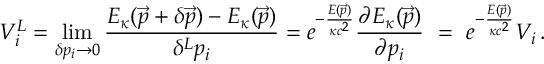
V _ { i } ^ { L } = \operatorname * { l i m } _ { \delta p _ { i } \to 0 } \frac { E _ { \kappa } ( \vec { p } + \delta \vec { p } ) - E _ { \kappa } ( \vec { p } ) } { \delta ^ { L } p _ { i } } = e ^ { - \frac { E ( \vec { p } ) } { \kappa c ^ { 2 } } } \frac { \partial E _ { \kappa } ( \vec { p } ) } { \partial p _ { i } } \ = \ e ^ { - \frac { E ( \vec { p } ) } { \kappa c ^ { 2 } } } V _ { i } \, .